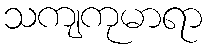
သကျကုမာရာ